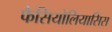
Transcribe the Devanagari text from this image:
फैसियोलियासिस